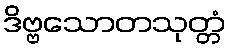
ဒိဗ္ဗသောတသုတ္တံ